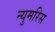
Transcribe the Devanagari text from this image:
न्युमरिस